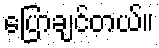
ပြောချင်တယ်။